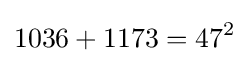
1036+1173=47^{2}